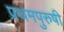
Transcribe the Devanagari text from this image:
प्रथमपुरुषी